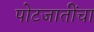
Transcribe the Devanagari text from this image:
पोटजातींचा